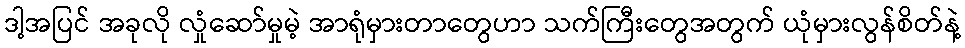
ဒါ့အပြင် အခုလို လှုံဆော်မှုမဲ့ အာရုံမှားတာတွေဟာ သက်ကြီးတွေအတွက် ယုံမှားလွန်စိတ်နဲ့